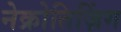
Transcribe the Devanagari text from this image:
नेक्रोतिज़िंग